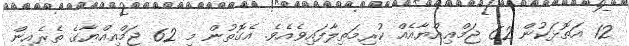
12 އަތޮޅަކުން 62 ޖަމްޢިއްޔާއެއް ކުރިމަތިލާފައިވެއެވެ. އެގޮތުން މި 62 ޖަމްއިއްޔާގެ ތެރެއިން